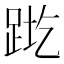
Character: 𬦬